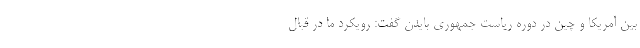
بین آمریکا و چین در دوره ریاست جمهوری بایدن گفت: رویکرد ما در قبال